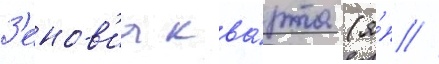
З'енов'иа ква́рта (я́п //